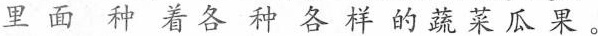
里面种着各种各样的蔬菜瓜果。